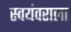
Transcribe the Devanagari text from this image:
स्वयंवराला